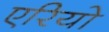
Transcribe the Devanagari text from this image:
एरियो